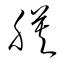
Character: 膜